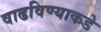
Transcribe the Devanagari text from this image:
वाढविण्याकडे